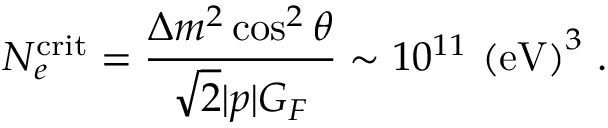
N _ { e } ^ { \mathrm { c r i t } } = \frac { \Delta m ^ { 2 } \cos ^ { 2 } \theta } { \sqrt { 2 } | p | G _ { F } } \sim 1 0 ^ { 1 1 } ~ \mathrm { ( e V ) } ^ { 3 } ~ .